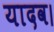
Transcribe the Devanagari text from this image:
यादव।